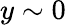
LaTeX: y\sim 0